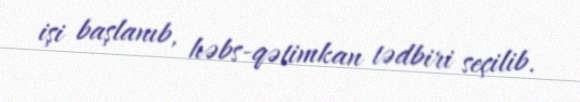
işi başlanıb, həbs-qətimkan tədbiri seçilib.